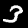
Digit: 3